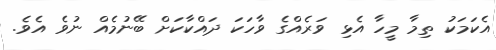
އެކަމަކު ތިމާ މީހާ އެޅި ވަރެއްގެ ވާހަކަ ދައްކާކަށް ބޭނުމެއް ނުވެ އެވެ.